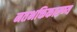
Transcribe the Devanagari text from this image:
नतभक्तिकारण्य